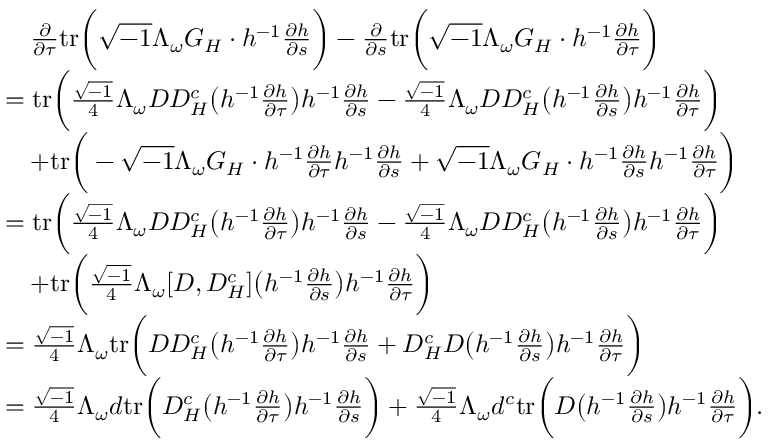
\begin{array} { r l } & { \quad \frac { \partial } { \partial \tau } \mathrm { t r } \bigg ( \sqrt { - 1 } \Lambda _ { \omega } G _ { H } \cdot h ^ { - 1 } \frac { \partial h } { \partial s } \bigg ) - \frac { \partial } { \partial s } \mathrm { t r } \bigg ( \sqrt { - 1 } \Lambda _ { \omega } G _ { H } \cdot h ^ { - 1 } \frac { \partial h } { \partial \tau } \bigg ) } \\ & { = \mathrm { t r } \bigg ( \frac { \sqrt { - 1 } } { 4 } \Lambda _ { \omega } D D _ { H } ^ { c } \big ( h ^ { - 1 } \frac { \partial h } { \partial \tau } \big ) h ^ { - 1 } \frac { \partial h } { \partial s } - \frac { \sqrt { - 1 } } { 4 } \Lambda _ { \omega } D D _ { H } ^ { c } \big ( h ^ { - 1 } \frac { \partial h } { \partial s } \big ) h ^ { - 1 } \frac { \partial h } { \partial \tau } \bigg ) } \\ & { \quad + \mathrm { t r } \bigg ( - \sqrt { - 1 } \Lambda _ { \omega } G _ { H } \cdot h ^ { - 1 } \frac { \partial h } { \partial \tau } h ^ { - 1 } \frac { \partial h } { \partial s } + \sqrt { - 1 } \Lambda _ { \omega } G _ { H } \cdot h ^ { - 1 } \frac { \partial h } { \partial s } h ^ { - 1 } \frac { \partial h } { \partial \tau } \bigg ) } \\ & { = \mathrm { t r } \bigg ( \frac { \sqrt { - 1 } } { 4 } \Lambda _ { \omega } D D _ { H } ^ { c } \big ( h ^ { - 1 } \frac { \partial h } { \partial \tau } \big ) h ^ { - 1 } \frac { \partial h } { \partial s } - \frac { \sqrt { - 1 } } { 4 } \Lambda _ { \omega } D D _ { H } ^ { c } \big ( h ^ { - 1 } \frac { \partial h } { \partial s } \big ) h ^ { - 1 } \frac { \partial h } { \partial \tau } \bigg ) } \\ & { \quad + \mathrm { t r } \bigg ( \frac { \sqrt { - 1 } } { 4 } \Lambda _ { \omega } [ D , D _ { H } ^ { c } ] \big ( h ^ { - 1 } \frac { \partial h } { \partial s } \big ) h ^ { - 1 } \frac { \partial h } { \partial \tau } \bigg ) } \\ & { = \frac { \sqrt { - 1 } } { 4 } \Lambda _ { \omega } \mathrm { t r } \bigg ( D D _ { H } ^ { c } \big ( h ^ { - 1 } \frac { \partial h } { \partial \tau } \big ) h ^ { - 1 } \frac { \partial h } { \partial s } + D _ { H } ^ { c } D \big ( h ^ { - 1 } \frac { \partial h } { \partial s } \big ) h ^ { - 1 } \frac { \partial h } { \partial \tau } \bigg ) } \\ & { = \frac { \sqrt { - 1 } } { 4 } \Lambda _ { \omega } d \mathrm { t r } \bigg ( D _ { H } ^ { c } \big ( h ^ { - 1 } \frac { \partial h } { \partial \tau } \big ) h ^ { - 1 } \frac { \partial h } { \partial s } \bigg ) + \frac { \sqrt { - 1 } } { 4 } \Lambda _ { \omega } d ^ { c } \mathrm { t r } \bigg ( D \big ( h ^ { - 1 } \frac { \partial h } { \partial s } \big ) h ^ { - 1 } \frac { \partial h } { \partial \tau } \bigg ) . } \end{array}